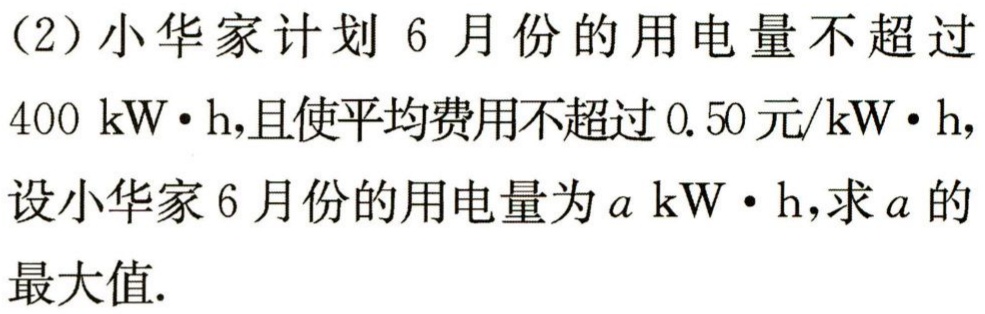
(2)小华家计划6月份的用电量不超过

$400\mathrm{~kW}\cdot\mathrm{h}$,且使平均费用不超过$0.50$元/$\mathrm{kW}\cdot\mathrm{h}$,

设小华家6月份的用电量为$a\mathrm{~kW}\cdot\mathrm{h}$,求$a$的

最大值.